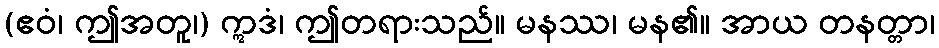
(ဧဝံ၊ ဤအတူ၊) ဣဒံ၊ ဤတရားသည်။ မနဿ၊ မန၏။ အာယ တနတ္တာ၊